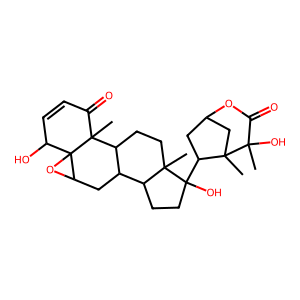
SMILES: CC1(O)C(=O)OC2CC(C3(O)CCC4C5CC6OC67C(O)C=CC(=O)C7(C)C5CCC43C)C1(C)C2
Inhibits HIV replication: No